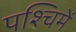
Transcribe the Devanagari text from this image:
पश्चिमें